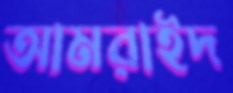
আমরাইদ